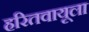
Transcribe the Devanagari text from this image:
हरितवायूला